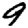
Digit: 9